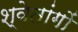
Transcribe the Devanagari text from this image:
श्वेतांगों